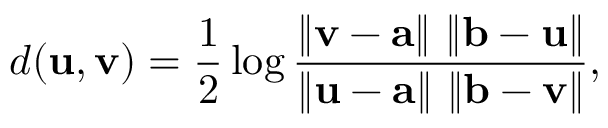
d ( \mathbf { u } , \mathbf { v } ) = { \frac { 1 } { 2 } } \log { \frac { \left\| \mathbf { v } - \mathbf { a } \right\| \, \left\| \mathbf { b } - \mathbf { u } \right\| } { \left\| \mathbf { u } - \mathbf { a } \right\| \, \left\| \mathbf { b } - \mathbf { v } \right\| } } ,